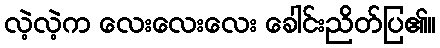
လဲ့လဲ့က လေးလေးလေး ခေါင်းညိတ်ပြ၏။